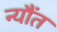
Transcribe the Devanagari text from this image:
न्यौंत